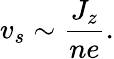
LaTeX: v_{s}\sim\frac{J_{z}}{ne}.